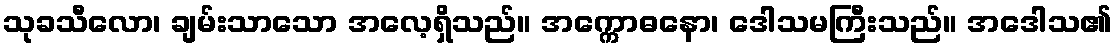
သုခသီလော၊ ချမ်းသာသော အလေ့ရှိသည်။ အက္ကောဓနော၊ ဒေါသမကြီးသည်။ အဒေါသ၏